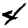
Digit: 4